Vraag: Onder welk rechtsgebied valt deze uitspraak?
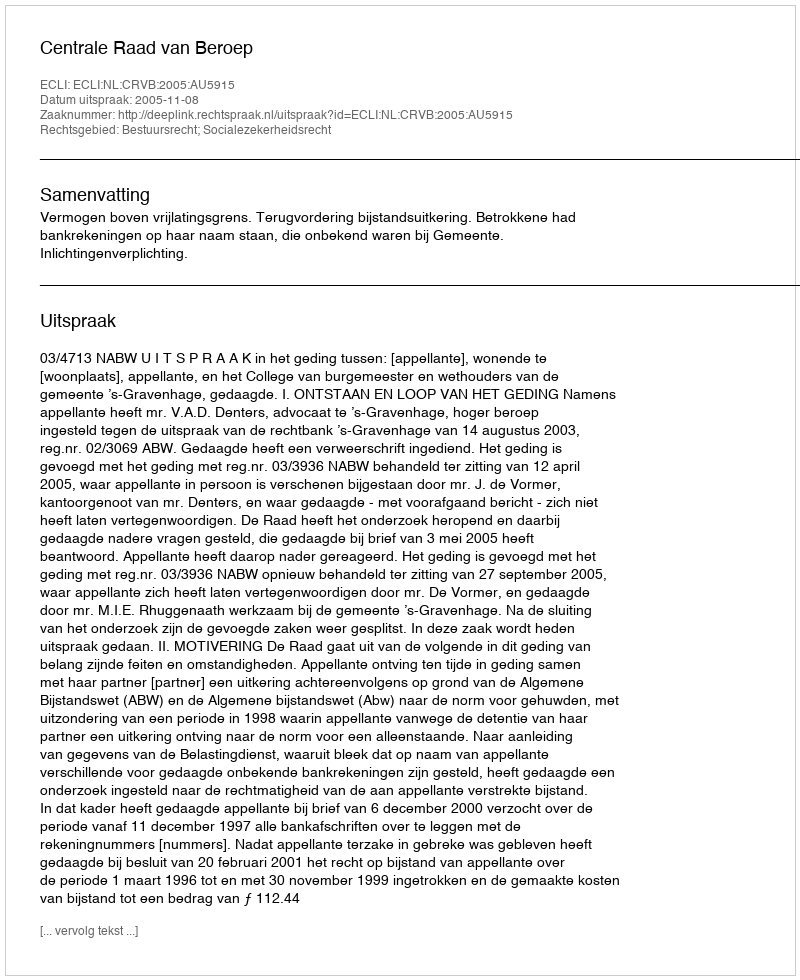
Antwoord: Bestuursrecht; Socialezekerheidsrecht